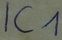
Text: IC1